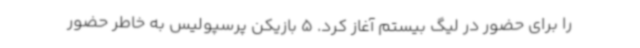
را برای حضور در لیگ بیستم آغاز کرد. 5 بازیکن پرسپولیس به خاطر حضور